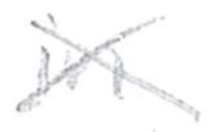
Text: in
Cross-out: cross
Writing tool: pencil